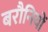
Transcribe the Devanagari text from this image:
बरौनियों